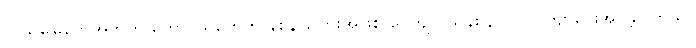
လယ်မြေတွေအတွက် တောင်သူတွေကို နစ်နာကြေးအဖြစ် ငွေကျပ် သိန်း ၃၀၀၀ ကျော်ပေးအပ်ခဲ့ပါတယ်။